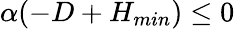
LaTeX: \alpha(-D+H_{min})\leq 0